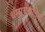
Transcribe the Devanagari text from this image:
धम्मचक्राचेच